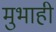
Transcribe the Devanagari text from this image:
मुभाही